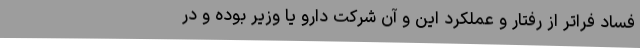
فساد فراتر از رفتار و عملکرد این و آن شرکت دارو یا وزیر بوده و در